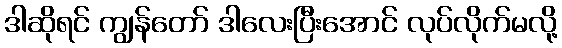
ဒါဆိုရင် ကျွန်တော် ဒါလေးပြီးအောင် လုပ်လိုက်မလို့